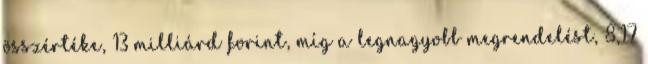
összértéke, 13 milliárd forint, míg a legnagyobb megrendelést, 8,17